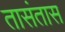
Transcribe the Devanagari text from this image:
तासंतास